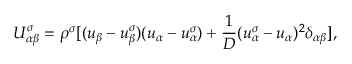
U _ { \alpha \beta } ^ { \sigma } = \rho ^ { \sigma } [ ( u _ { \beta } - u _ { \beta } ^ { \sigma } ) ( u _ { \alpha } - u _ { \alpha } ^ { \sigma } ) + \frac { 1 } { D } ( u _ { \alpha } ^ { \sigma } - u _ { \alpha } ) ^ { 2 } \delta _ { \alpha \beta } ] ,